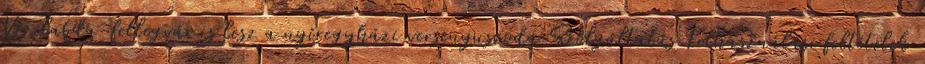
Vízilabda-fellegvár is lesz a nyíregyházi versenyuszoda Szolgáltatás Felhasználási feltételek